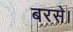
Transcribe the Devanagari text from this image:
बरसे।